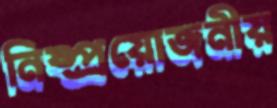
নিষ্প্রয়োজনীয়